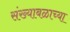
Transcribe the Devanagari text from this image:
संख्याबळाच्या